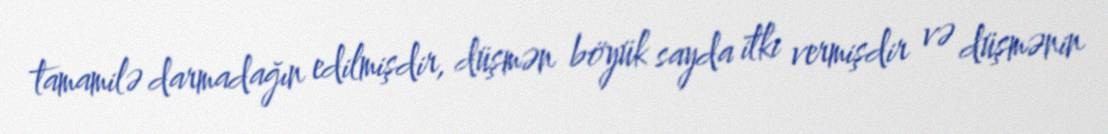
tamamilə darmadağın edilmişdir, düşmən böyük sayda itki vermişdir və düşmənin